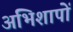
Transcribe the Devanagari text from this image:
अभिशापों